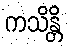
ကသိန္တိ